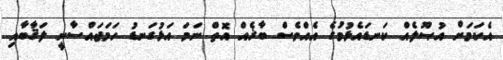
އެކަމަށް އުޞޫލެއް ކަނޑައެޅުމުގެ އެއްވެސް ބާޜެއް އޮތް ނަމަ އަޅުގަނޑު ހަމަޖައްސާނީ ލަޤާބާއި